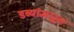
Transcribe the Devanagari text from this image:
डब्यांमधून